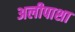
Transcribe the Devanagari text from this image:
अलीपाशा